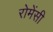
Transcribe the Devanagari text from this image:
रोमेंसी